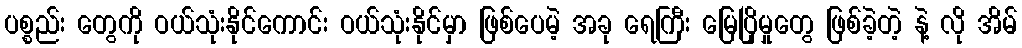
ပစ္စည်း တွေကို ဝယ်သုံးနိုင်ကောင်း ဝယ်သုံးနိုင်မှာ ဖြစ်ပေမဲ့ အခု ရေကြီး မြေပြိုမှုတွေ ဖြစ်ခဲ့တဲ့ နဲ့ လို အိမ်